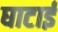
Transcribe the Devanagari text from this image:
घाटाई